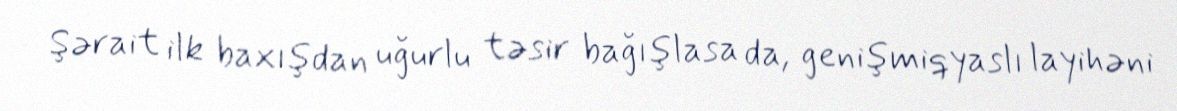
Şərait ilk baxışdan uğurlu təsir bağışlasa da, genişmiqyaslı layihəni